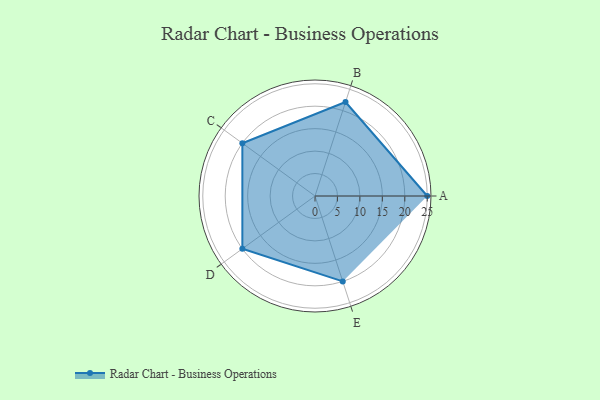
{"axis": {"x": "Skill", "y": "Score"}, "legend": ["Profile"], "data": [{"x": "A", "y": 25.0, "type": "Profile"}, {"x": "B", "y": 22.0, "type": "Profile"}, {"x": "C", "y": 20, "type": "Profile"}, {"x": "D", "y": 20, "type": "Profile"}, {"x": "E", "y": 20, "type": "Profile"}]}